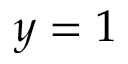
y = 1